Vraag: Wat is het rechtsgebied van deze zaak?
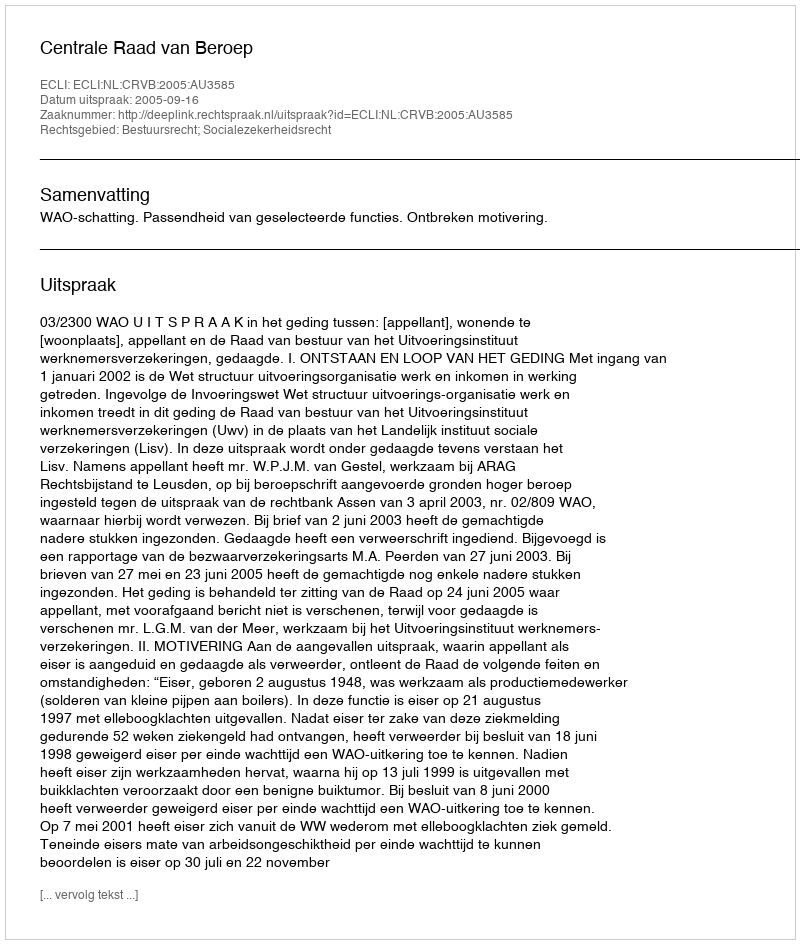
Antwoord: Bestuursrecht; Socialezekerheidsrecht